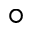
^ \circ